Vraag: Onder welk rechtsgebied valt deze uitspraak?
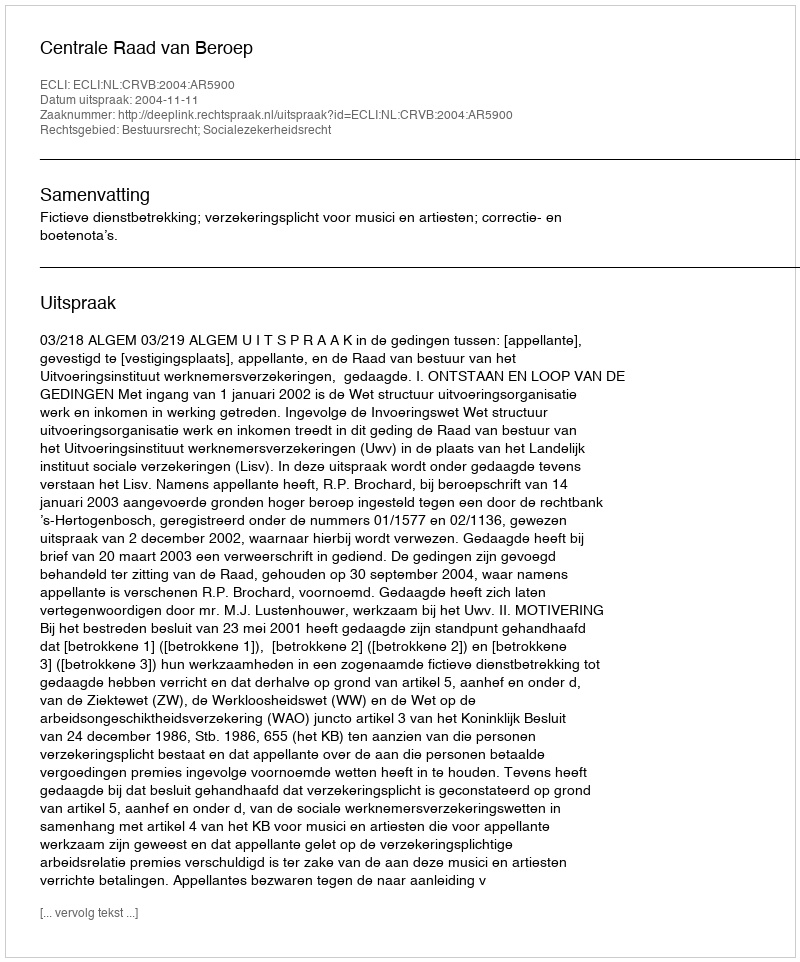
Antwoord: Bestuursrecht; Socialezekerheidsrecht